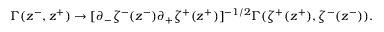
\Gamma ( z ^ { - } , z ^ { + } ) \to [ \partial _ { - } \zeta ^ { - } ( z ^ { - } ) \partial _ { + } \zeta ^ { + } ( z ^ { + } ) ] ^ { - 1 / 2 } \Gamma ( \zeta ^ { + } ( z ^ { + } ) , \zeta ^ { - } ( z ^ { - } ) ) .